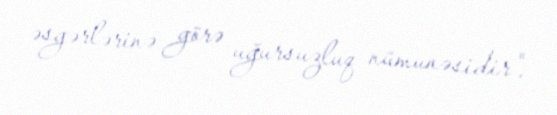
əsgərlərinə görə uğursuzluq nümunəsidir".